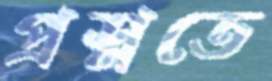
প্রশ্নতে